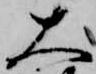
大